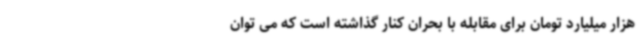
هزار میلیارد تومان برای مقابله با بحران کنار گذاشته است که می توان